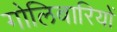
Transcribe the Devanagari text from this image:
गोलिबारियों